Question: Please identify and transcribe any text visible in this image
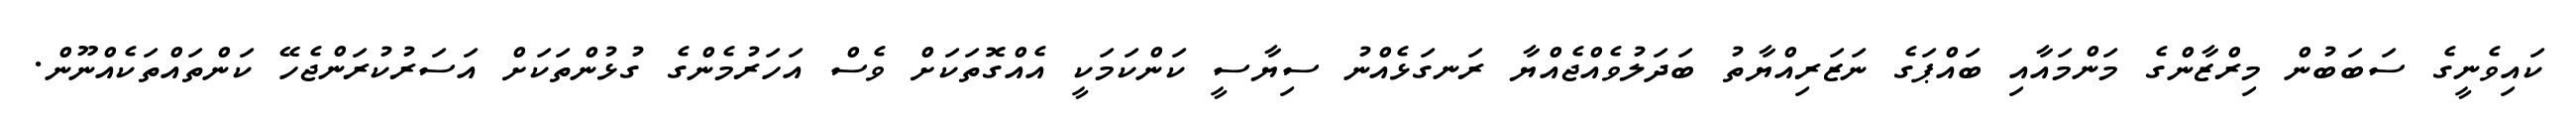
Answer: ކައިވެނީގެ ސަބަބުން މިރްޒާންގެ މަންމައާއި ބައްޕަގެ ނަޒަރިއްޔާތު ބަދަލުވެއްޖެއްޔާ ރަނގަޅެއްނު ސިޔާސީ ކަންކަމަކީ އެއްގޮތަކަށް ވެސް އަހަރުމެންގެ ގުޅުންތަކަށް އަސަރުކުރަންޖެހޭ ކަންތައްތަކެއްނޫން.